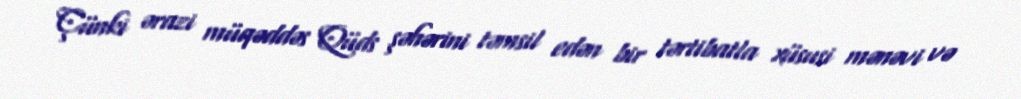
Çünki ərazi müqəddəs Qüds şəhərini təmsil edən bir tərtibatla xüsusi mənəvi və